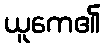
ယူကေ၏